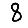
Digit: 8